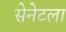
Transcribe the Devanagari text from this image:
सेनेटला